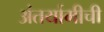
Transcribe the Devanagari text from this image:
अंतर्यामीची